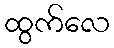
ထွက်လေ